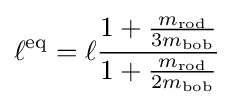
\ell ^{\mathrm {eq} }=\ell {\frac {1+{\frac {m_{\mathrm {rod} }}{3m_{\mathrm {bob} }}}}{1+{\frac {m_{\mathrm {rod} }}{2m_{\mathrm {bob} }}}}}